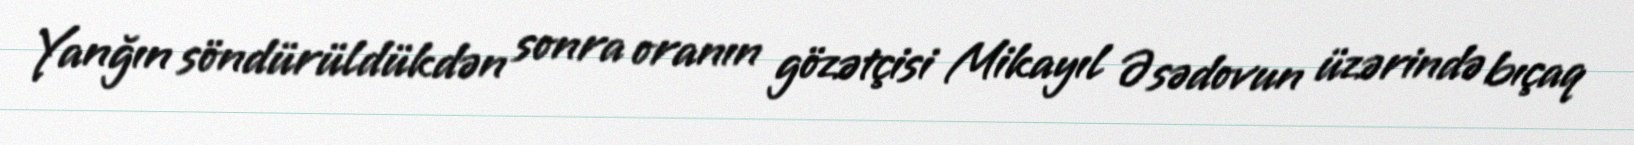
Yanğın söndürüldükdən sonra oranın gözətçisi Mikayıl Əsədovun üzərində bıçaq